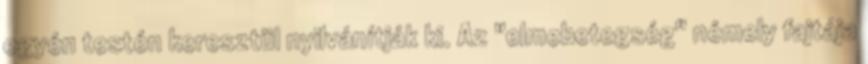
egyén testén keresztül nyilvánítják ki. Az "elmebetegség" némely fajtája